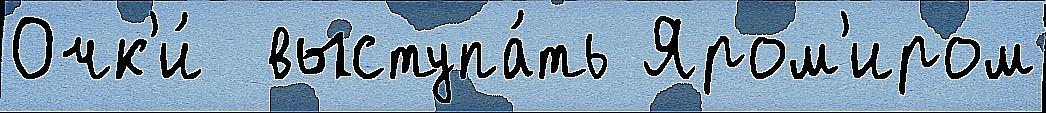
Очк'и́  выступа́ть Яром'иром